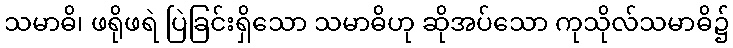
သမာဓိ၊ ဖရိုဖရဲ ပြဲခြင်းရှိသော သမာဓိဟု ဆိုအပ်သော ကုသိုလ်သမာဓိ၌